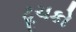
ટૂચકો